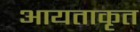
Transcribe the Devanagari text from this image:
आयताकृत